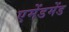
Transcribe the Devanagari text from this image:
एमेंडमेंड